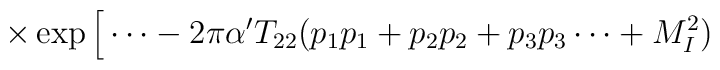
\times \exp \Big[ \cdots  - 2 \pi \alpha^{\prime}  T_{22} ( p_1 p_1 + p_2 p_2 + p_3 p_3 \cdots + M_I^2 )